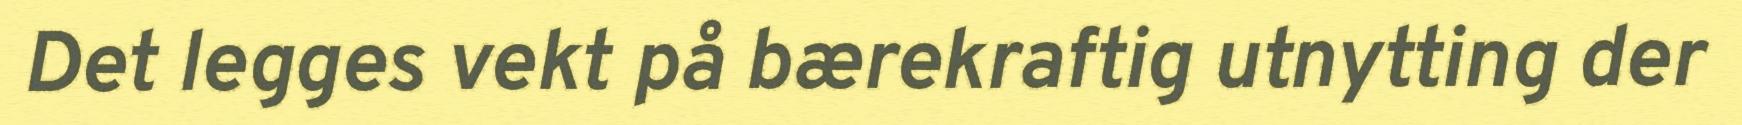
Det legges vekt på bærekraftig utnytting der